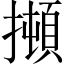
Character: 𰔫